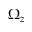
\Omega _ { z }